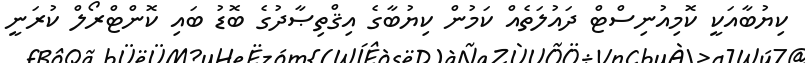
ކިޔުބާއަކީ ކޮމިއުނިސްޓް ދައުލަތެއް ކަމުން ކިޔުބާގެ އިޤްތިޞާދުގެ ބޮޑު ބައި ކޮންޓްރޯލް ކުރަނީ